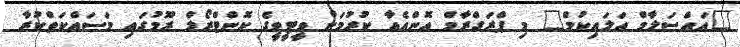
"އައްސަލާމް އަލައިކުމް" މި ޕްރަގްރާމް އޮންއެއާ ކުރުމަށް ވީޓީވީގެ ކޮންޓްރޯލް ރޫމުގައި މަސައްކަތްކުރާ